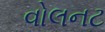
વોલનટ